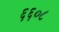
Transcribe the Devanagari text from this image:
६६०८